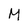
Character: M